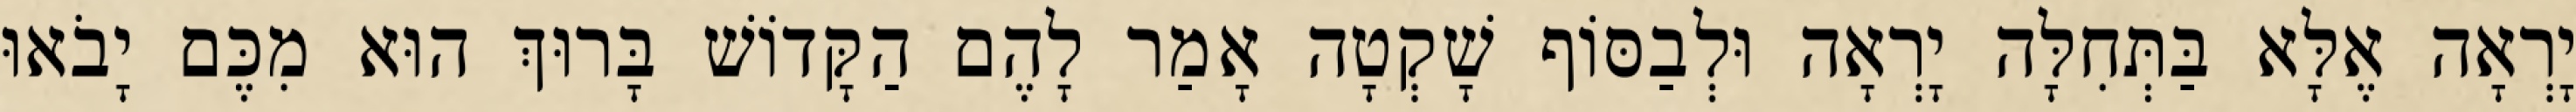
יָרְאָה אֶלָּא בַּתְּחִלָּה יָרְאָה וּלְבַסּוֹף שָׁקְטָה אָמַר לָהֶם הַקָּדוֹשׁ בָּרוּךְ הוּא מִכֶּם יָבֹאוּ